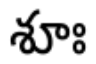
శూః